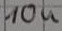
Text: 10u